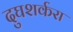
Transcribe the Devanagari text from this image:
दुघशर्करा